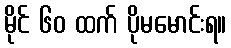
မိုင် ၆၀ ထက် ပိုမမောင်းရ။